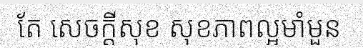
តែ សេចក្តីសុខ សុខភាពល្អមាំមួន